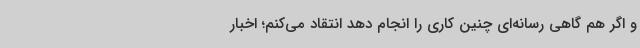
و اگر هم گاهی رسانه‌ای چنین کاری را انجام دهد انتقاد می‌کنم؛ اخبار